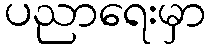
ပညာရေးမှာ